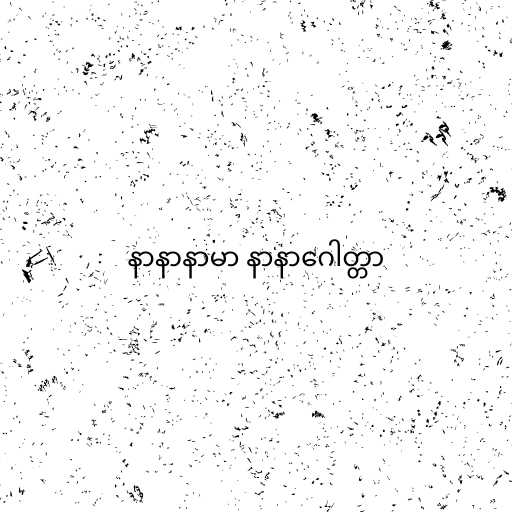
နာနာနာမာ နာနာဂေါတ္တာ